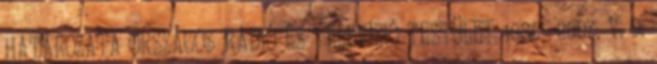
HATÁROZATA ORSZÁGOS RÁDIÓ ÉS TELEVÍZIÓ TESTÜLET 1085 2007. V. 9.